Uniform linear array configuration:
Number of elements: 8
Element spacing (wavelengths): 0.75
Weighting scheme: exponential
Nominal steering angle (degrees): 30
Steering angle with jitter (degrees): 31.141
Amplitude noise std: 0.05
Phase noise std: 0.05

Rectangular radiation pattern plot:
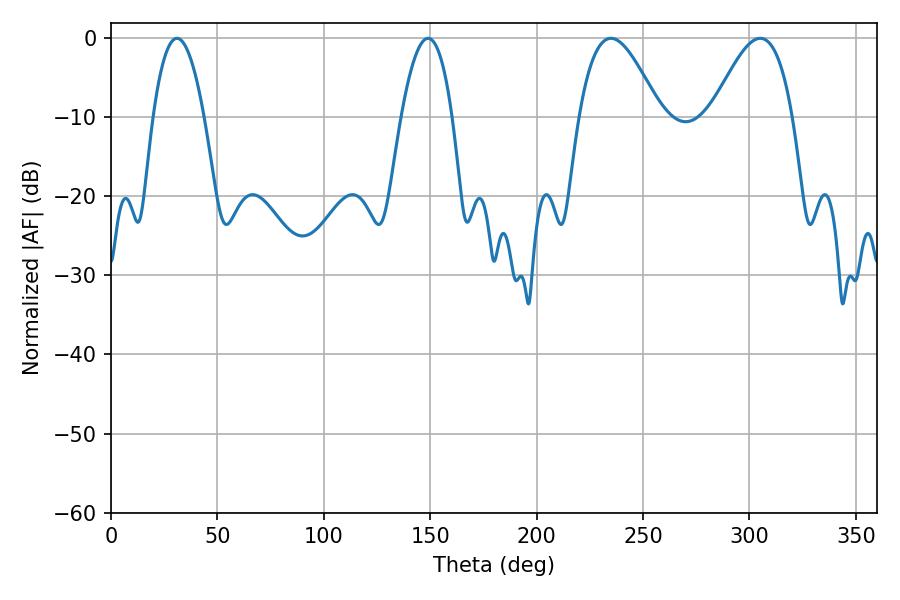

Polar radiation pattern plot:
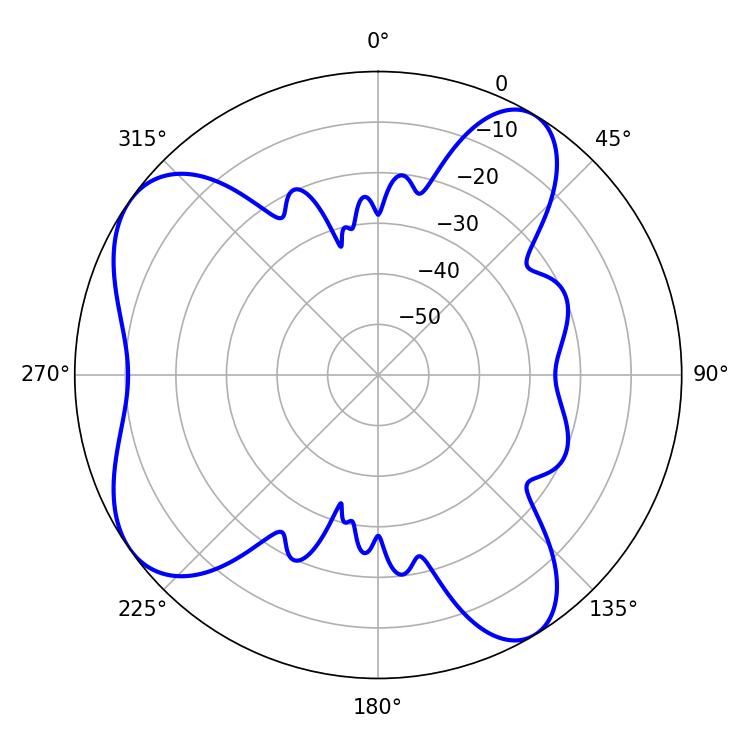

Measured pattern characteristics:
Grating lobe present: TRUE
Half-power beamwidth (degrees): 20.52
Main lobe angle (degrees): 234.9